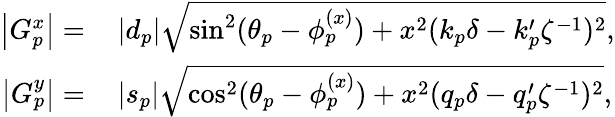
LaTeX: \begin{array}{rl}{\left|G_{p}^{x}\right|=}&{{}\left|d_{p}\right|\sqrt{\sin^{2}(\theta_{p}-\phi_{p}^{(x)})+x^{2}(k_{p}\delta-k_{p}^{\prime}\zeta^{-1})^{2}},}\\ {\left|G_{p}^{y}\right|=}&{{}\left|s_{p}\right|\sqrt{\cos^{2}(\theta_{p}-\phi_{p}^{(x)})+x^{2}(q_{p}\delta-q_{p}^{\prime}\zeta^{-1})^{2}},}\end{array}